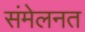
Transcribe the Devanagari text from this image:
संमेलनत